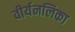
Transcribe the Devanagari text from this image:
वीर्यनलिका